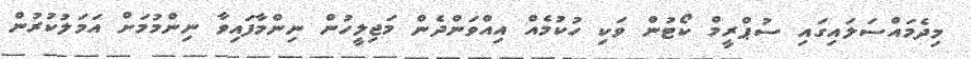
މިދެމައްސަލައިގައި ސުޕްރީމް ކޯޓުން ވަކި ހުކުމެއް އިއްވަންދެން މަޖިލީހުން ނިންމާފައިވާ ނިންމުމަށް އަމަލުކުރުން